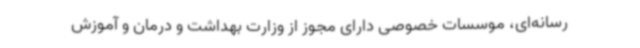
رسانه‌ای، موسسات خصوصی دارای مجوز از وزارت بهداشت و درمان و آموزش